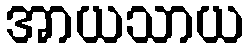
အာယသာယ